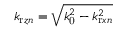
k _ { \mathrm { r } z n } = \sqrt { k _ { \mathrm { 0 } } ^ { 2 } - k _ { \mathrm { r } x n } ^ { 2 } }